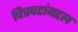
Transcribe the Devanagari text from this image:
चित्रपटांबद्दल